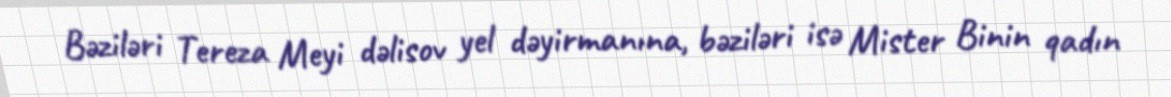
Bəziləri Tereza Meyi dəlisov yel dəyirmanına, bəziləri isə Mister Binin qadın